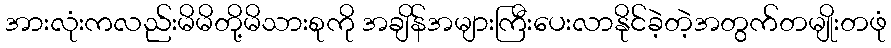
အားလုံးကလည်းမိမိတို့မိသားစုကို အချိန်အများကြီးပေးလာနိုင်ခဲ့တဲ့အတွက်တမျိုးတဖုံ